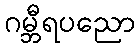
ဂမ္ဘီရပညော